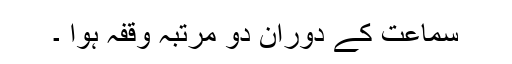
سماعت کے دوران دو مرتبہ وقفہ ہوا ۔